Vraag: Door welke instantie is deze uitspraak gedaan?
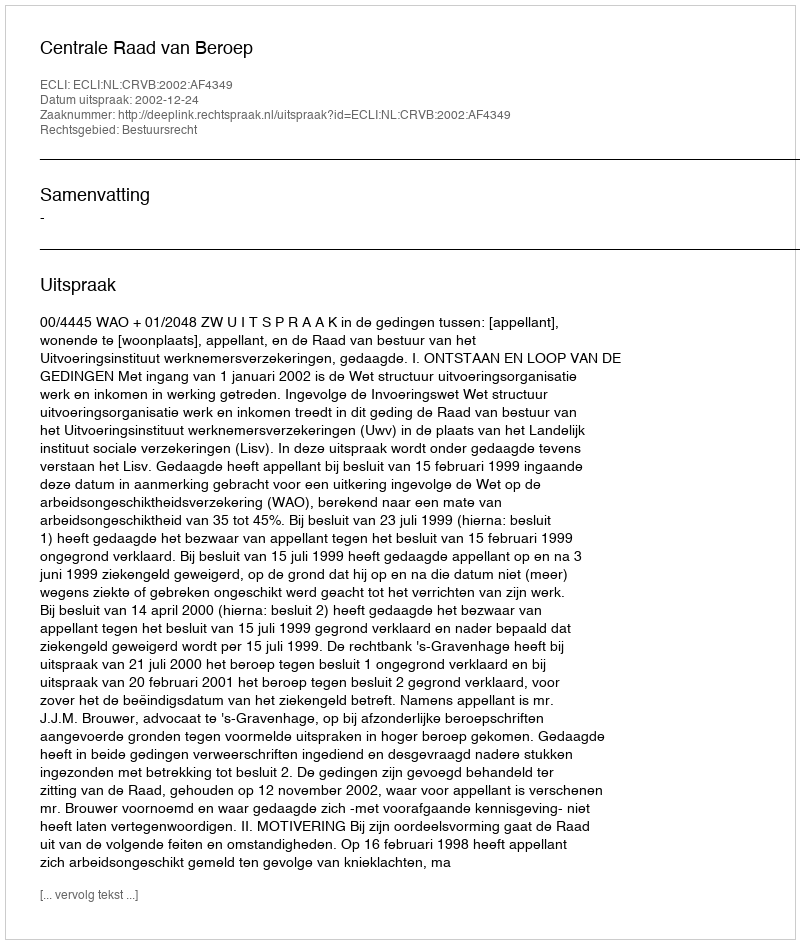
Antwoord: Centrale Raad van Beroep